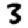
Digit: 3